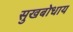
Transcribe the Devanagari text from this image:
सुखबोधाय